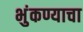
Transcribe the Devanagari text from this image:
भुंकण्याचा